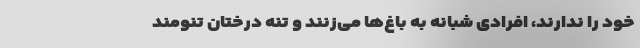
خود را ندارند، افرادی شبانه به باغ‌ها می‌زنند و تنه درختان تنومند